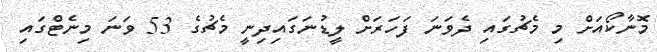
މޮނާކޯއަށް މި މެޗުގައި ދެވަނަ ފަހަރަށް ލީޑުނަގައިދިނީ މެޗުގެ 53 ވަނަ މިނެޓްގައި